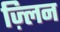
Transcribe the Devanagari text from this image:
ज़्लिन